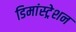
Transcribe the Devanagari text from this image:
डिमांस्ट्रेशन